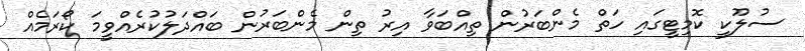
ސުލޫކީ ކޮމިޓީގައި ހަތް މެންބަރުން ތިއްބަވާ އިރު ތިން މެންބަރުން ބައްދަލުކުރެއްވީމަ ކޯރަމެއް